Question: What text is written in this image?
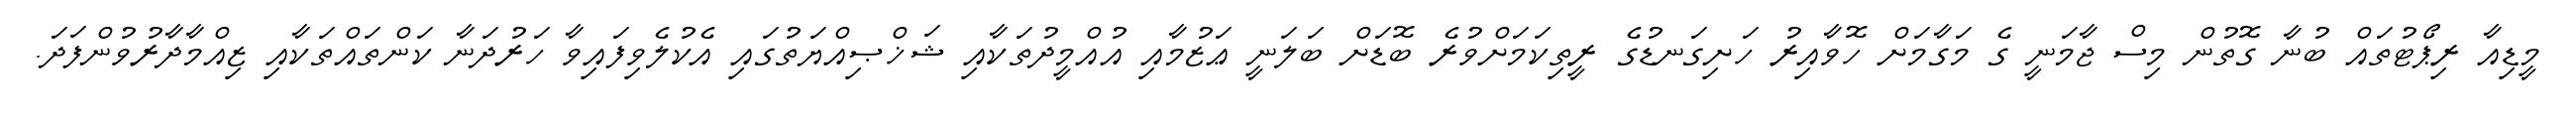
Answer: މީޑިއާ ރިޕޯޓުތައް ބުނާ ގޮތުން މިސް ޖާމަނީ ގެ މަގާމަށް ހޮވާއިރު ހަށިގަނޑުގެ ރީތިކަމަށްވުރެ ބޮޑަށް ބަލަނީ ޢަޒުމާއި އުއްމީދުތަކާއި ޝަޚްޞިއްޔަތުގައި އެކުލެވިފައިވާ ހަރުދަނާ ކަންތައްތަކާއި ޒިއްމާދާރުވުންފަދަ.